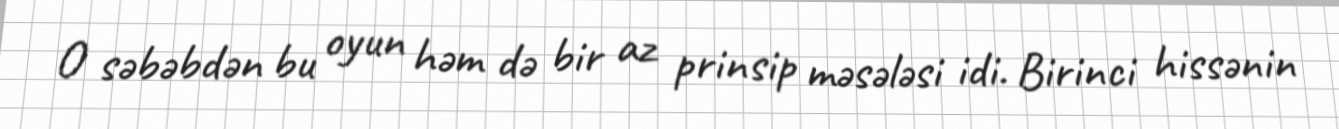
O səbəbdən bu oyun həm də bir az prinsip məsələsi idi. Birinci hissənin